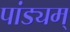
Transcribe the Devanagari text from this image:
पांड्यम्